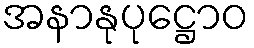
အနာနုပုဋ္ဌောဝ